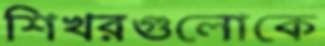
শিখরগুলোকে